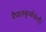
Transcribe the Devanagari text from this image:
नैपालकूमाँचंलौ।